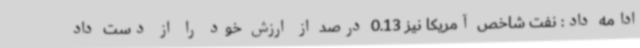
ادامه داد: نفت شاخص آمریکا نیز 0.13 درصد از ارزش خود را از دست داد